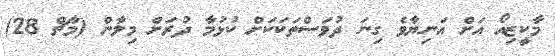
މާކީޒިއޯ އަށް އަނިޔާވެ ގިނަ ދުވަސްތަކަކަށް ކުޅުމާ ދުރަށް މިލާން (މާޗް 28)